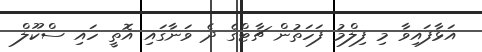
އަޅާފައިވާ މި ފިލްމު ފަހަތުން ޗާޓްގެ ދެ ވަނާގައި އޮތީ ހައި ސްކޫލް